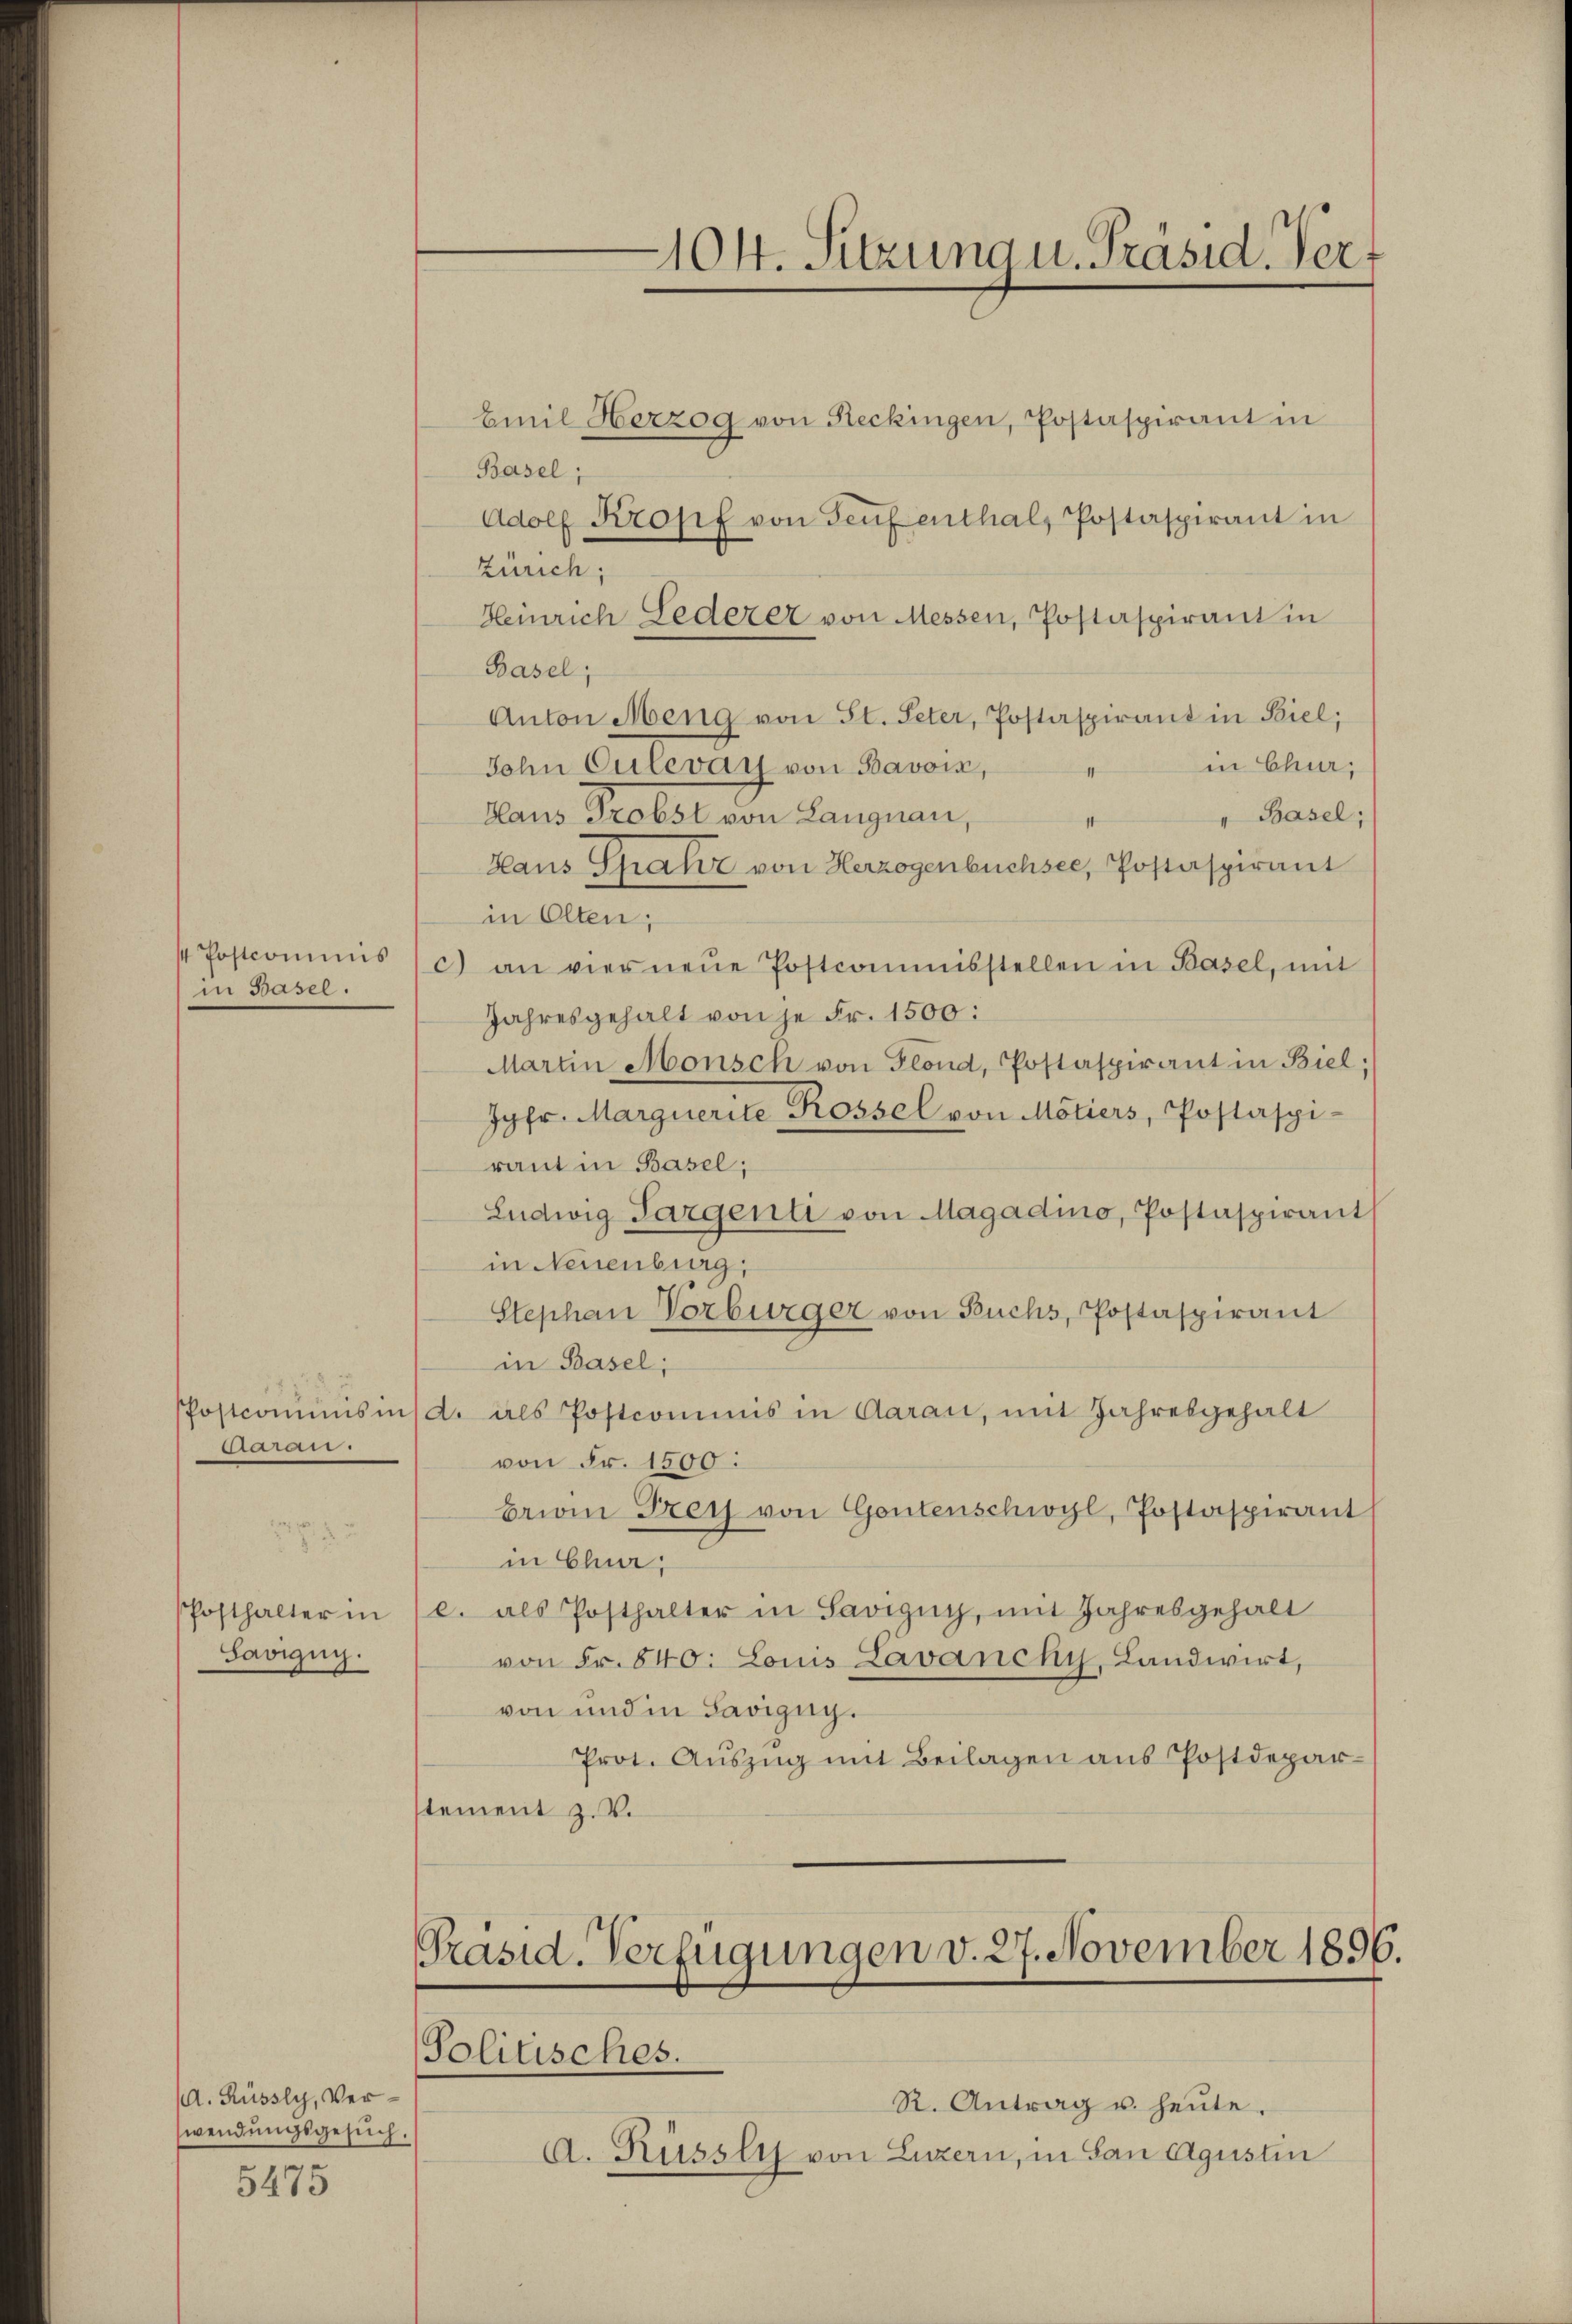
in Basel.

enen

Posthalter in
Savigny.
1

. Rüssly, Verwendungsgesuch.

5475

Emil Herzog von Reckingen, Postaspirant in
Basel;
Adolf Kropf von Genf enthal, Postaspirant in
Zürich;
Heinrich Lederer von Messen, Postaspirant in
Basel;
Anton Meng von St. Peter, Postaspirant in Biel;
in Chur,
John Culevay von Bavois,
Blaus Probst von Langnau,
" Basel;
Haus Spahr von Herzogenbüchsee, Postaspirant
in Olten;
4 Postcommis (c) an vier neŭe Postcommisstellen in Basel, mit
Jahresgehalt von je Fr. 1500:
Martin Monsch von Glond, Postaspirant in Biel;
Jgfr. Marguerite Rossel von Motiers, Postaspi-
raut in Basel;
Ludwig Sargenti von Magadino, Postaspirant
in Neuenburg,
Stephan Vorbürger von Buchs, Postaspirant
in Basel;
Postcoṁŭnsinsd. als Postcommis in Aarau, mit Jahresgehalt
von Fr. 1500:
brioin Frey von Gontenschwyl, Postaspirant
in Chur,
c. als Posthalter in Savigny, mit Jahresgehalt
von Fr. 840. Louis Lavanchy, Landwirt,
von und in Savigug.
Prot. Auszug mit Beilagen aus Postdeparstement z. V.

104. Sitzung u. Präsid. Ver

Präsid. Verfügungen v. 27. November 1896.
Solitisches.

R. Antrag u. heute.
A. Küssli von Luzern, in San Agustin